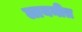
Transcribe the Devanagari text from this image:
लायनीत